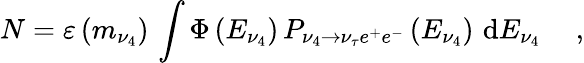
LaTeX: N=\varepsilon\left({m_{\nu_{4}}}\right)\, \int{\Phi\left({E_{\nu_{4}}}\right)}\, P_{\nu_{4}\to\nu_{\tau}e^{+}e^{-}}\left({E_{\nu_{4}}}\right)\, \, \mathrm{d}E_{\nu_{4}}\quad\ ,